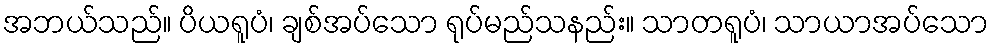
အဘယ်သည်။ ပိယရူပံ၊ ချစ်အပ်သော ရုပ်မည်သနည်း။ သာတရူပံ၊ သာယာအပ်သော